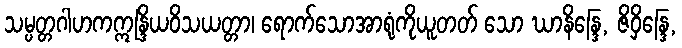
သမ္ပတ္တဂါဟကဣန္ဒြိယဝိသယတ္တာ၊ ရောက်သောအာရုံကိုယူတတ် သော ဃာနိန္ဒြေ, ဇိဝှိန္ဒြေ,